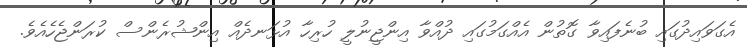
އެގަވައިދުގައި ބުނެފައިވާ ގޮތުން އެއްގަމުގައި ދުއްވާ އިންޖީނުލީ ހުރިހާ އުޅަނދެއް އިންޝުރެންސް ކުރަންޖެހެއެވެ.